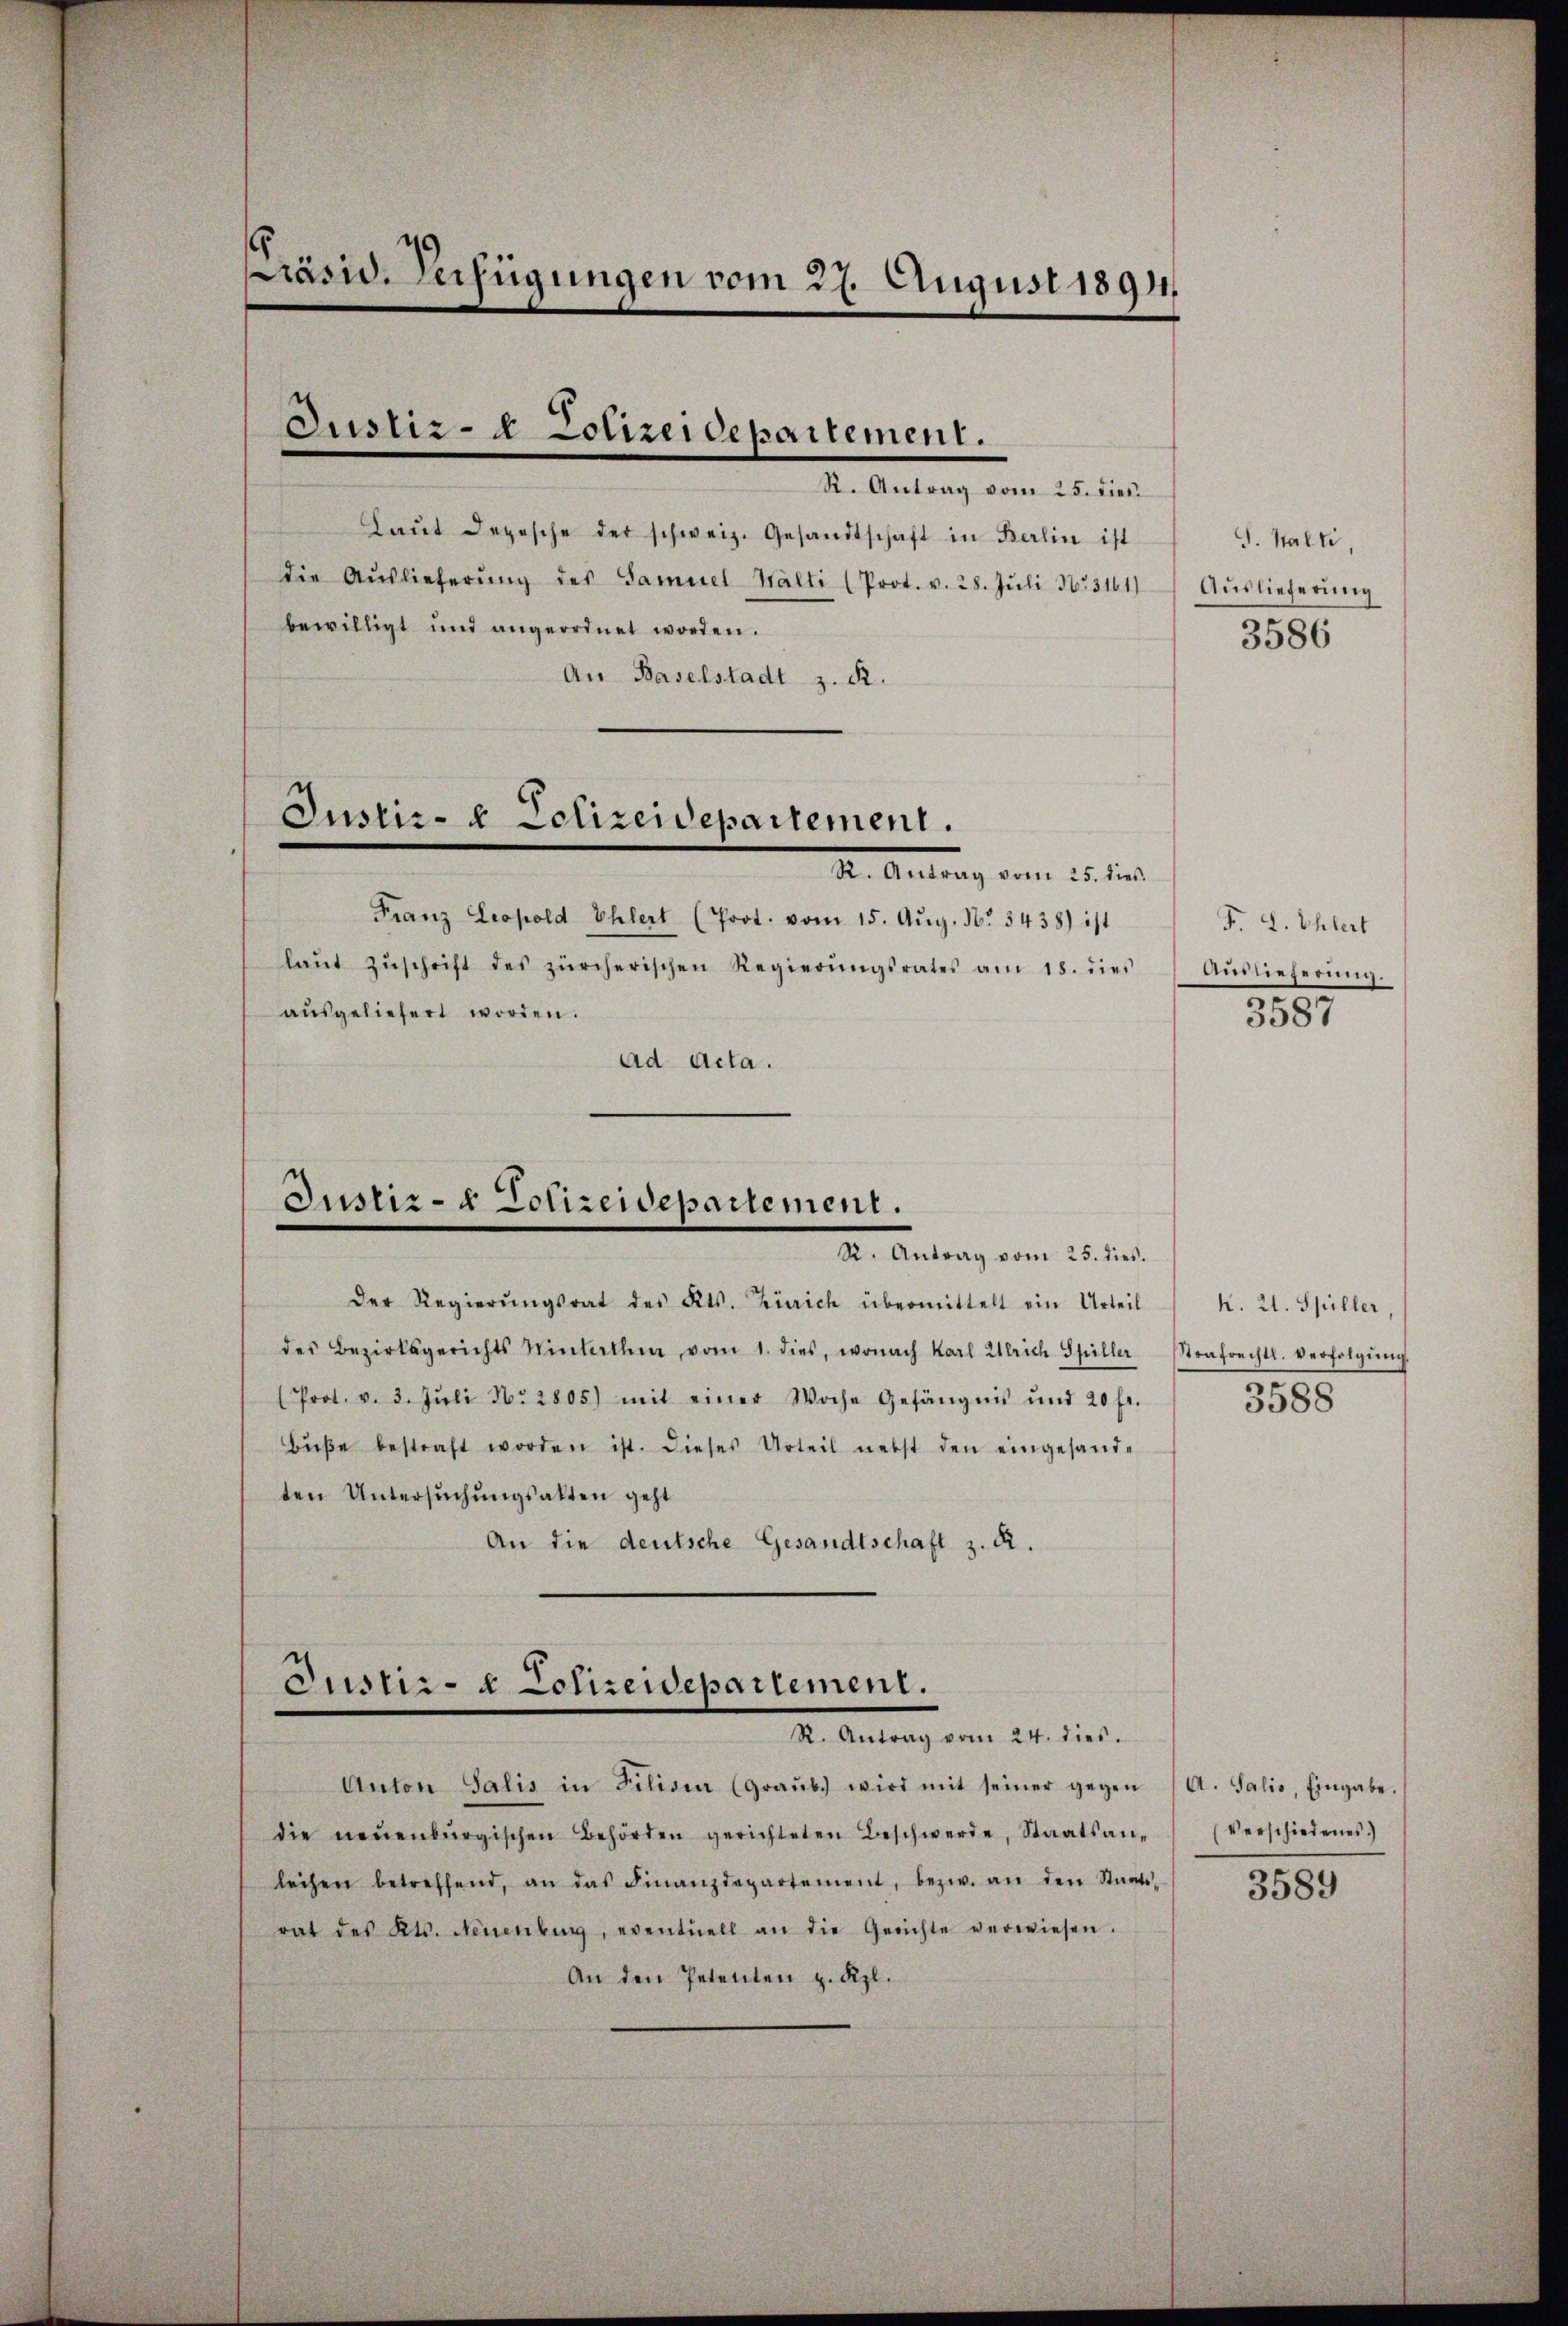
Präsid. Verfügungen vom 27. August 1891.

Justiz- & Polizeidepartement.

R. Antrag vom 25. dien
Laŭt Depesche der schweiz. Gesandtschaft in Berlin ist
die Aŭslieferŭng des Samuel Wälti (Prot. v. 28. Jŭli 1831611
bewilligt und angeordnet worden.
An Baselstadt z. R.

Franz Leopold Ehlert (Prot. vom 15. Aŭg. No. 3438) ist
laŭt Zŭschrift des zürcherischen Regierŭngsrates am 18. dies
aŭsgeliefert worden.
Ad Acta.

Justiz- & Polizeidepartement.
Dr. Antrag vom 25. der

Justiz- & Polizeidepartement.
R. Antrag vom 25. dies.

Justiz- & Polizeidepartement.
R. Antrag vom 24. dies.

Der Regierŭngsrat des Kts. Zürich übermittelt ein Urteil
des Bezirksgerichts Winterthe vom 1. dies, wonach Karl Ulrich Spiller Strafrechtl. verfolgŭng
(Prot. v. 3. Jŭli N. 2805) mit einer Woche Gefängnis und 20 fr.
Bŭβe bestraft worden ist. Dieses Urteil nebst den eingesandten Untersuchungsakten geht
An die deutsche Gesandtschaft z. R.

S. Walli,
Auslieferung
3586

Anton Salis in Filisia (Graŭb. wird mit seiner gegen
die neuenburgischen Behörden gerichteten Beschwerde, Staatsan-
leihen betreffend, an das Finanzdepartement, bezw. an den Staats-
rat des Kts. Neuenburg, eventuell an die Gerichte verwiesen.
An den Petenten z. Kzl.

F. L. Ehlert
Auslieferung.
3587

K. 21. Spiller,
3588

A. Salis, Eingabe.
(Verschiedenes)

3589